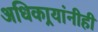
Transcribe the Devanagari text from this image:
अधिकार्‍यांनीही